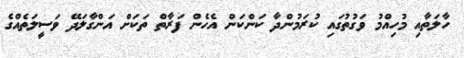
ހާލަތާއި މުހިއްމު ވަގުތުގައި ކުރަމުންދާ ކަންކަން އެހެން ފަރާތް ތަކަށް އަންގާލަދޭ ވަސީލަތެއްގެ